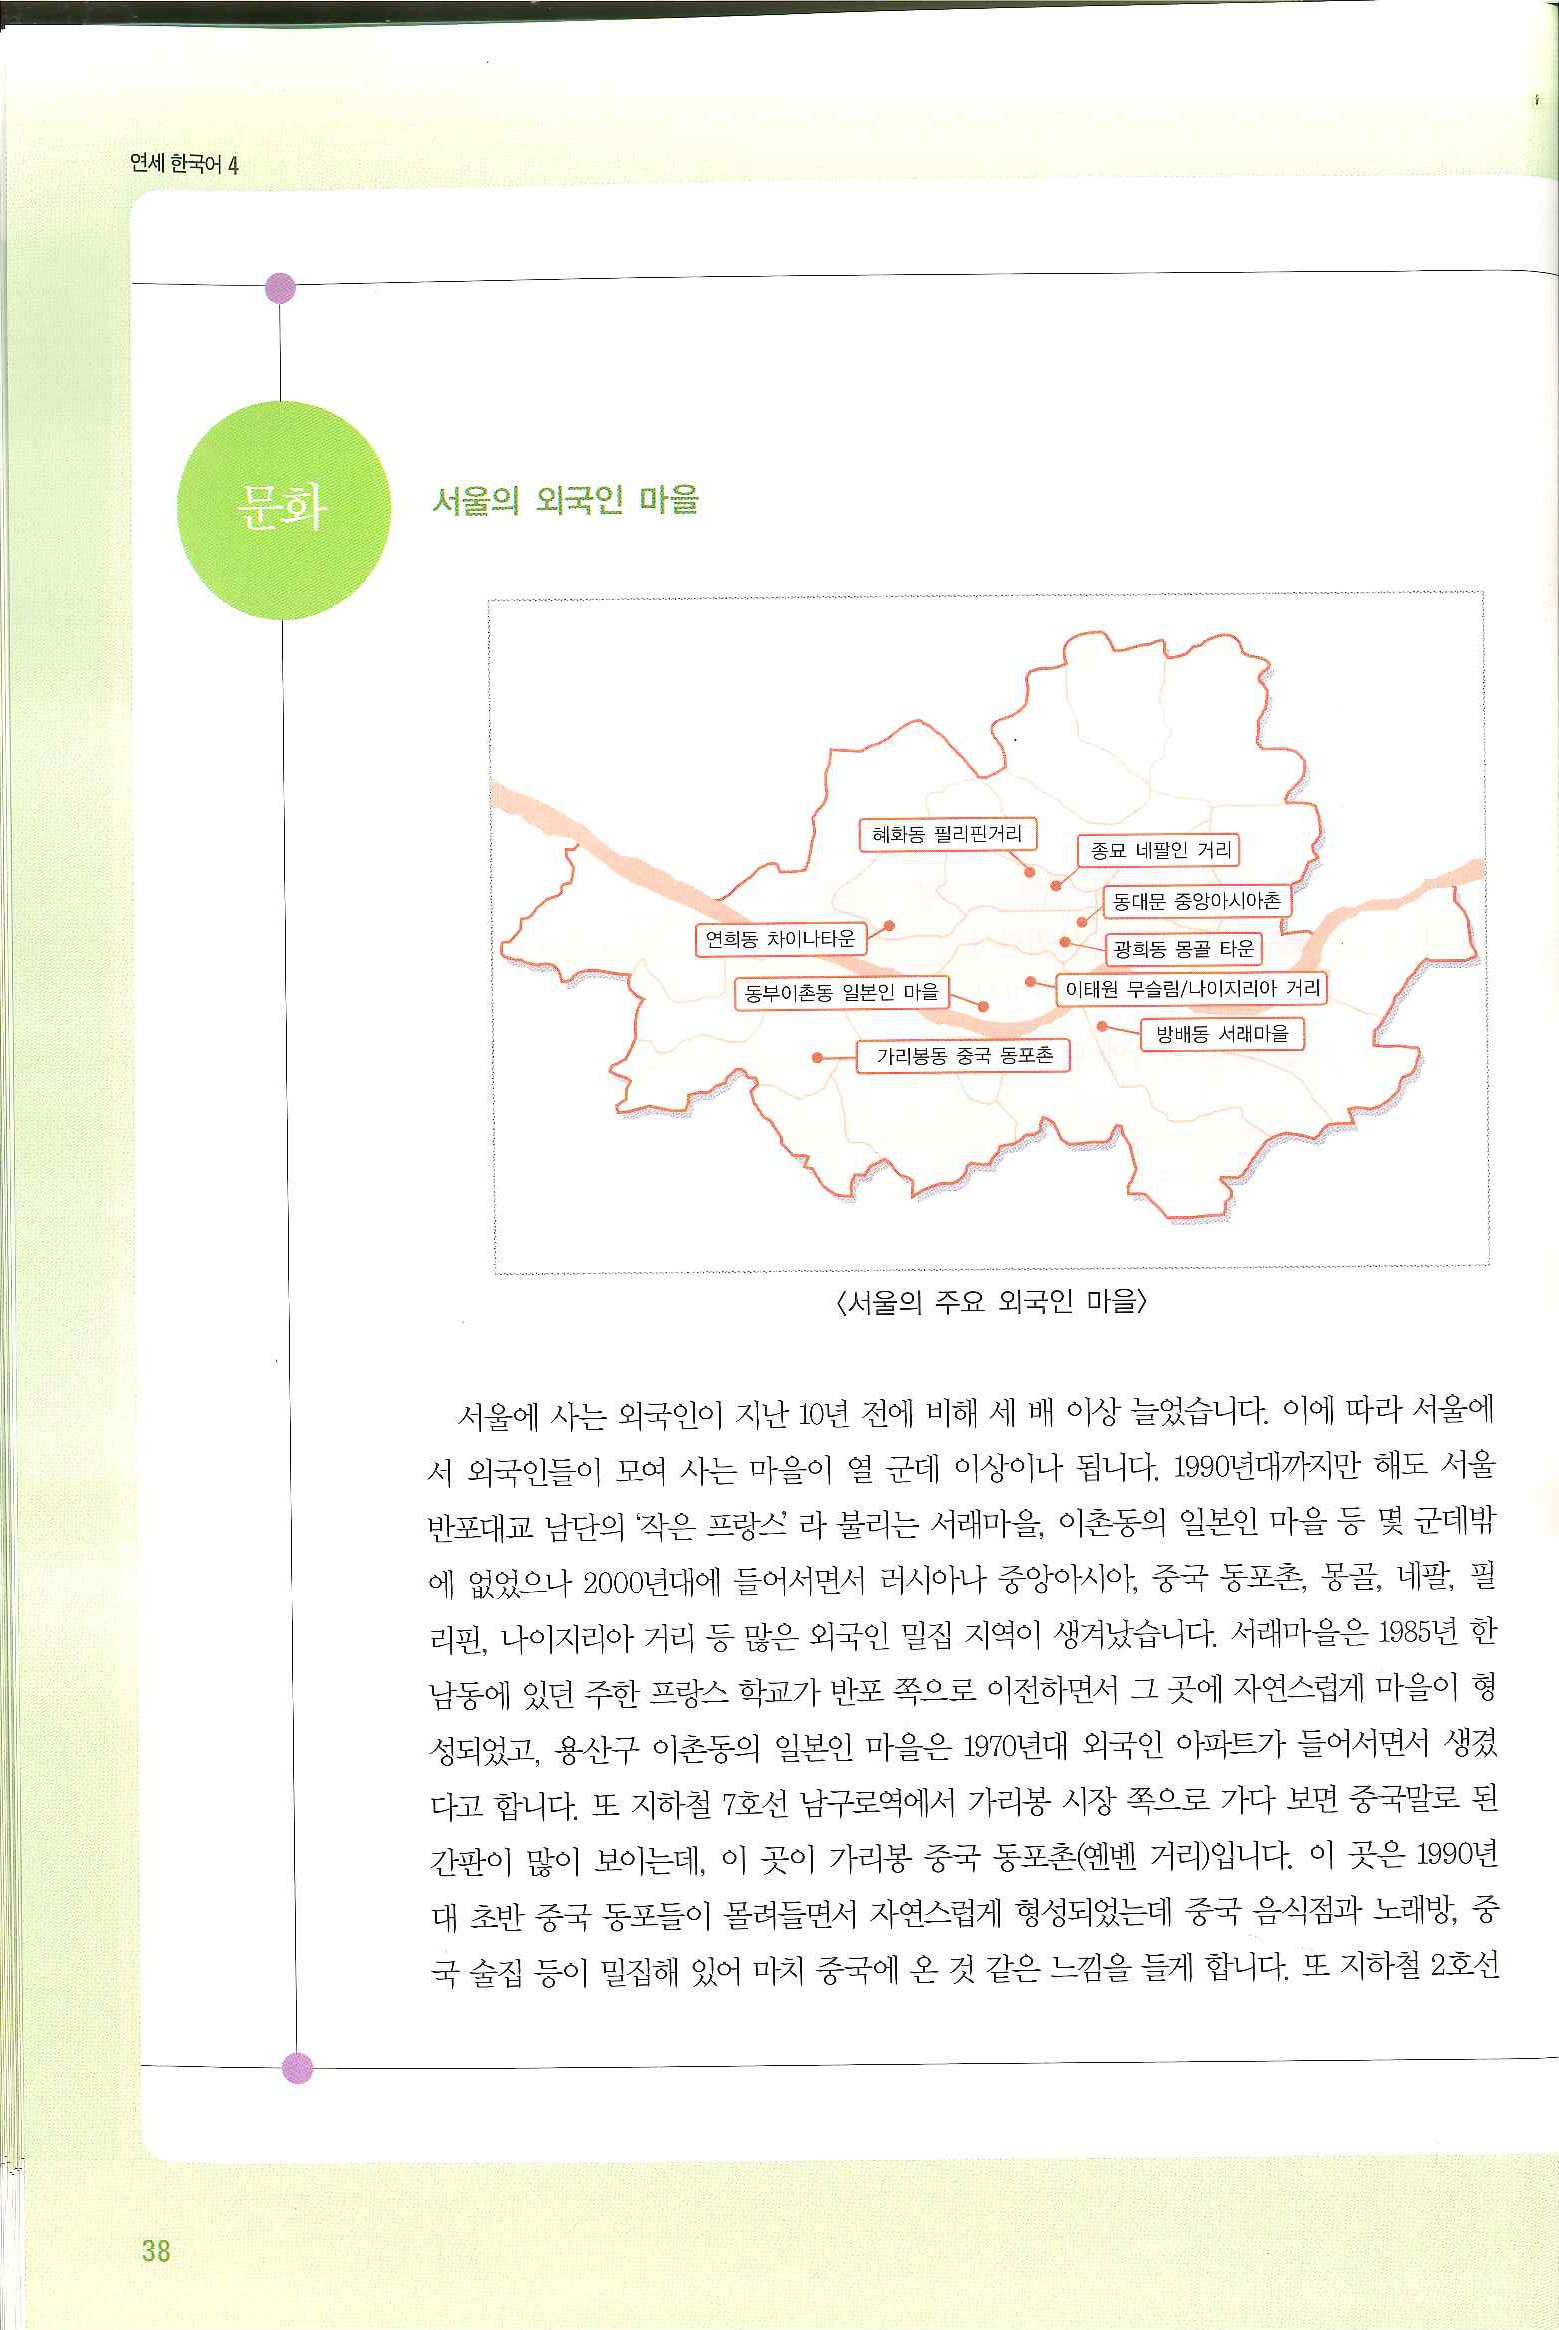
Language: ko